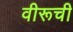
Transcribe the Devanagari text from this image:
वीरूची